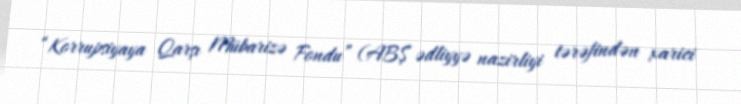
“Korrupsiyaya Qarşı Mübarizə Fondu” (ABŞ ədliyyə nazirliyi tərəfindən xarici